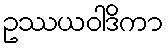
ဥဿယဝါဒိကာ